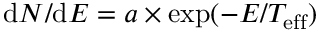
\mathrm { d } N / \mathrm { d } E = a \times \mathrm { e x p } ( - E / T _ { \mathrm { e f f } } )